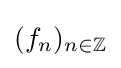
(f_{n})_{n\in \mathbb {Z} }